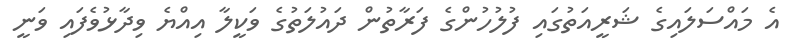
އެ މައްސަލައިގެ ޝަރީއަތުގައި ފުލުހުންގެ ފަރާތުން ދައުލަތުގެ ވަކީލާ އިއްޔެ ވިދާޅުވެފައި ވަނީ